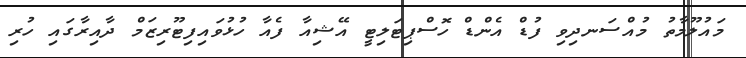
މައުލޫމާތު މުއްސަނދިވި ފުޑް އެންޑް ހޮސްޕިޓަލިޓީ އޭޝިއާ ފެއާ ހުޅުވައިފިޓޫރިޒަމް ދާއިރާގައި ހުރި